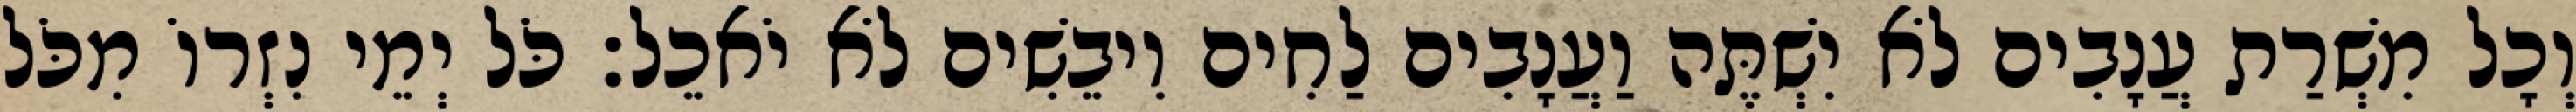
וְכָל מִשְׁרַת עֲנָבִים לֹא יִשְׁתֶּה וַעֲנָבִים לַחִים וִיבֵשִׁים לֹא יֹאכֵל׃ כֹּל יְמֵי נִזְרוֹ מִכֹּל